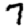
Digit: 7